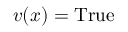
v ( x ) = { \mathrm { T r u e } }